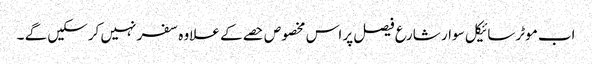
اب موٹرسائیکل سوار شارع فیصل پر اس مخصوص حصے کے علاوہ سفر نہیں کرسکیں گے ۔